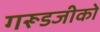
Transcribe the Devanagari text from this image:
गरूडजीको